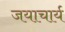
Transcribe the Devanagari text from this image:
जयाचार्य